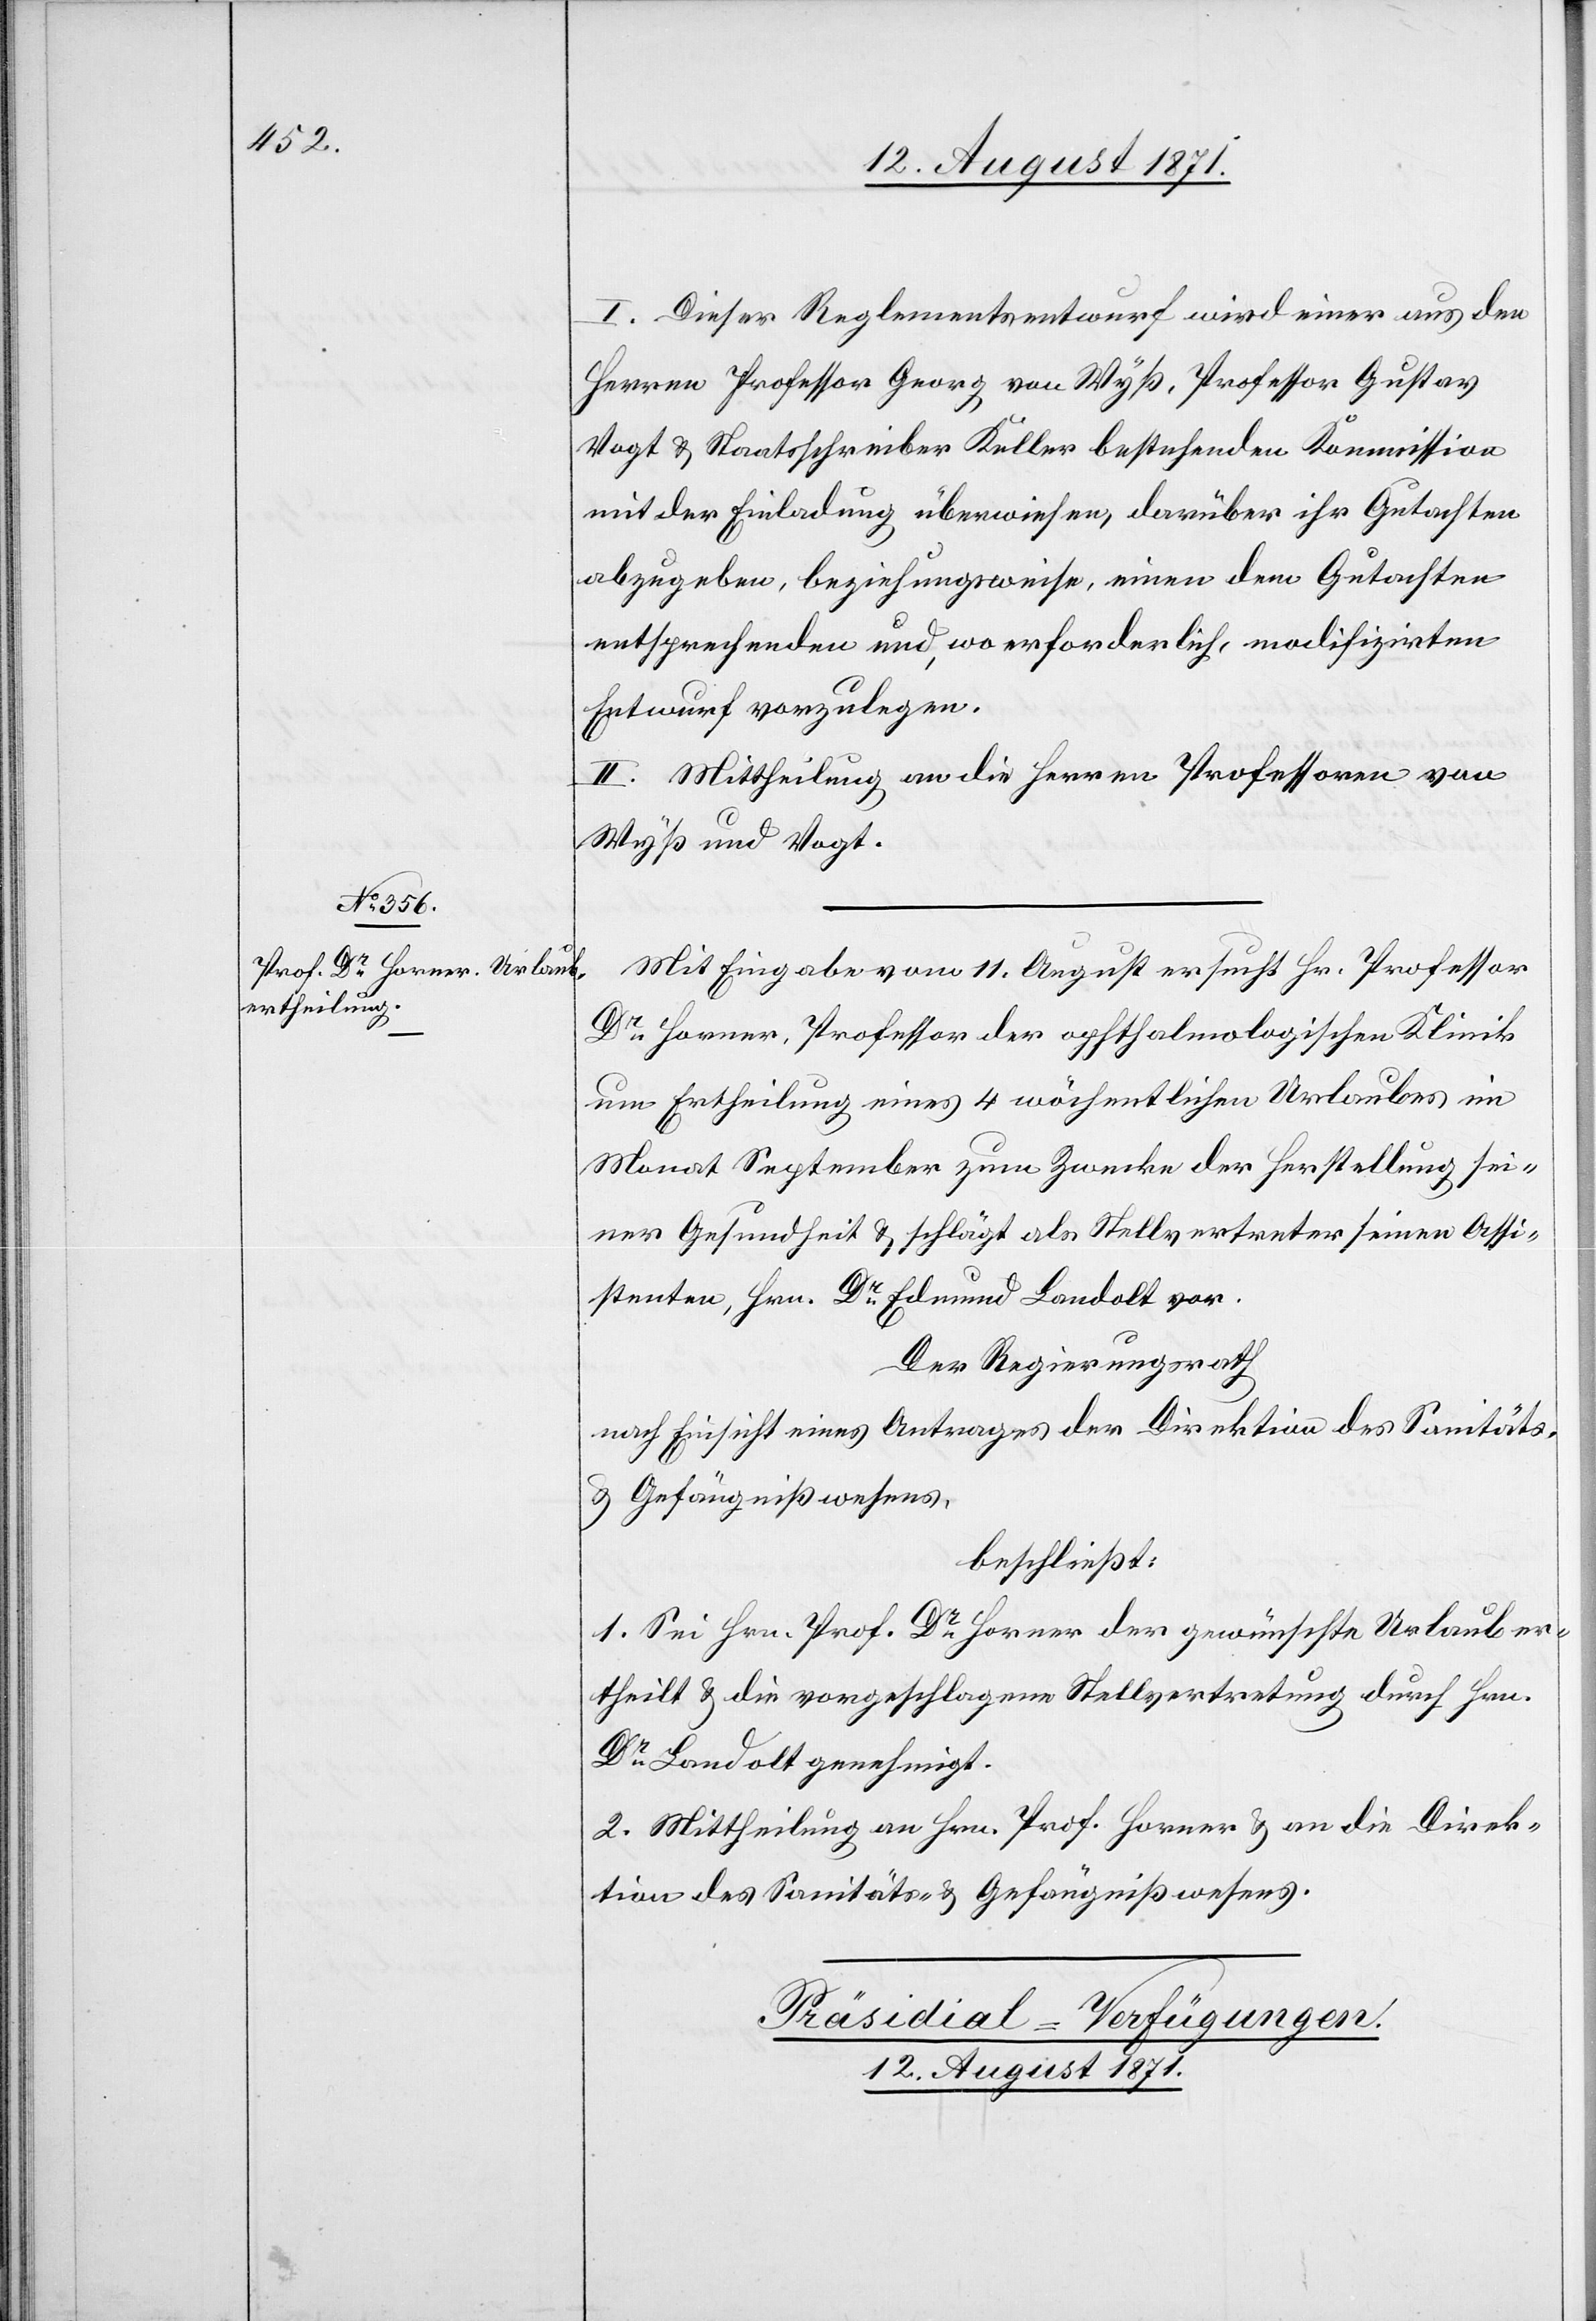
I. Dieser Reglemententwurf wird einer aus den
Herren Professor Georg von Wyß, Professor Gustav
Vogt & Staatsarchivar Keller bestehenden Kommission
mit der Einladung überwiesen, darüber ihr Gutachten
abzugeben, beziehungsweise, einen dem Gutachten
entsprechenden und, wo erforderlich, modifizirten
Entwurf vorzulegen.
II. Mittheilung an die Herren Professoren von
Wyß und Vogt.
Mit Eingabe vom 11. August ersucht Hr. Professor
Dr Horner, Professor der ophthalmologischen Klinik
um Ertheilung eines 4 wöchentlichen Urlaubes im
Monat September zum Zwecke der Herstellung sei¬
ner Gesundheit & schlägt als Stellvertreter seinen Assi¬
stenten, Hrn. Dr Edmund Landolt vor.
Der Regierungsrath
nach Einsicht eines Antrages der Direktion des Sanitäts-
& Gefängnißwesens
beschließt:
1. Sei Hrn. Prof. Dr Horner der gewünschte Urlaub er¬
theilt & die vorgeschlagene Stellvertretung durch Hrn.
Dr Landolt genehmigt.
2. Mittheilung an Hrn. Prof. Horner & an die Direk¬
tion des Sanitäts- & Gefängnißwesens.
Präsidial-Verfügungen.
12. August 1871.